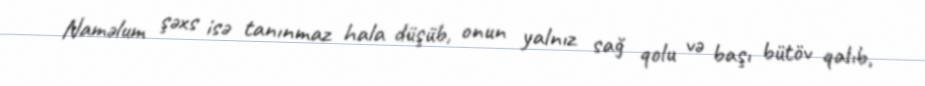
Naməlum şəxs isə tanınmaz hala düşüb, onun yalnız sağ qolu və başı bütöv qalıb,